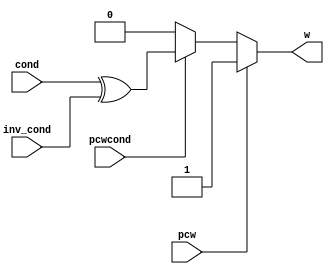
module ee357_pc_write_ctrl(
	output w,
	
	input pcw,
	input pcwcond,
	input cond,
	input inv_cond
);

	wire pcw;
	wire pcwcond;
	wire cond;
	wire inv_cond;
	
	reg w;

	always @*
	begin
		w = 0;
		if (pcw)
			begin
				w = 1;
			end
		else
			begin
				if (pcwcond)
					begin
						//if (cond && !inv_cond)
						//	w = 1;
						//else if (!cond && inv_cond)
						//	w = 1;
						w = cond ^ inv_cond;
					end
			end
	end

endmodule